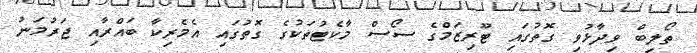
ތޯލިބް ވިދާޅުވި ގޮތުގައި ޓޫރިޒަމްގެ ސޯސް މާކެޓުތަކުގެ ގޮތުގައި އެމެރިކާ ބައްރާއި ޖަރުމަނު